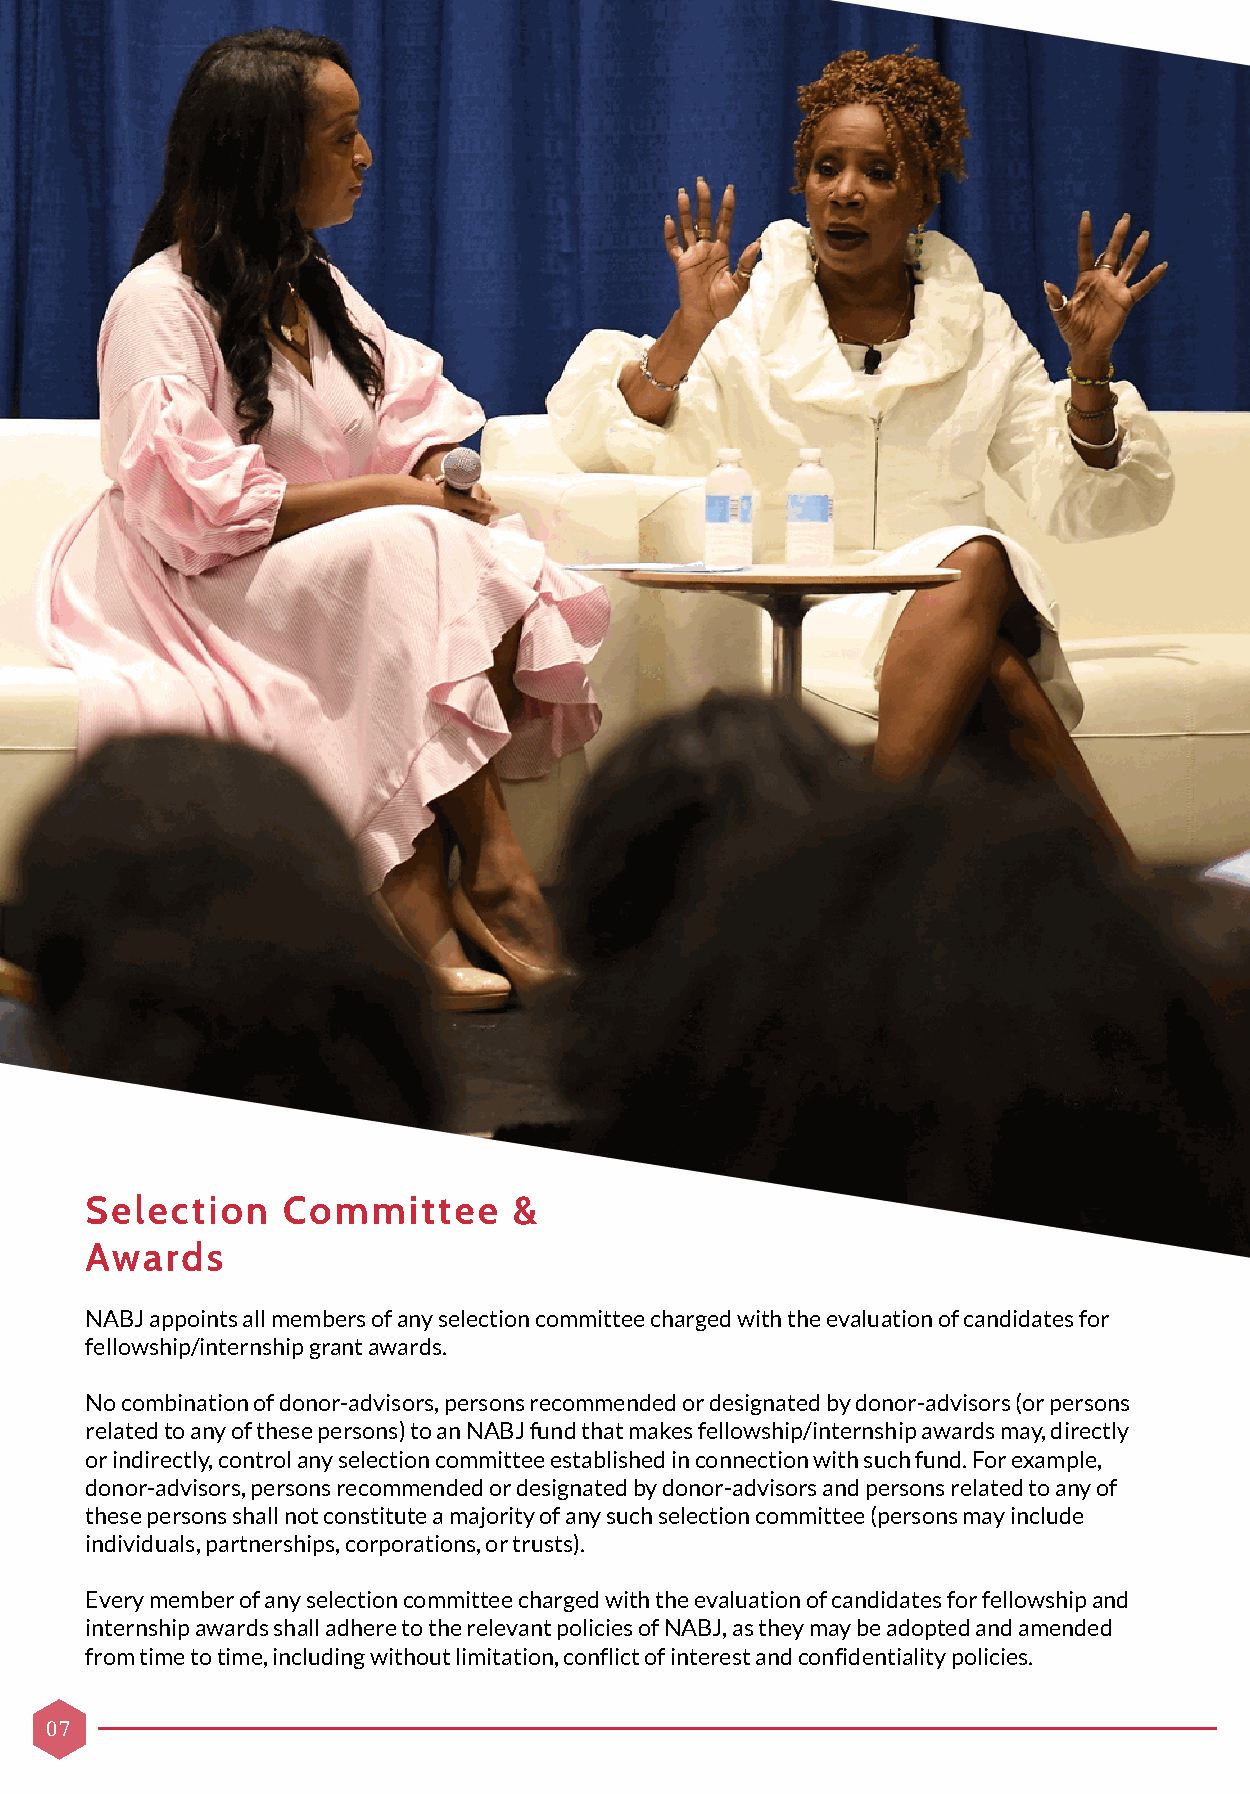
Selection    Committee      &
 Awards
 NABJ appoints all members of any selection committee charged with the evaluation of candidates for
 fellowship/internship grant awards.
 No combination of donor-advisors, persons recommended or designated by donor-advisors (or persons
 related to any of these persons) to an NABJ fund that makes fellowship/internship awards may, directly
 or indirectly, control any selection committee established in connection with such fund. For example,
 donor-advisors, persons recommended or designated by donor-advisors and persons related to any of
 these persons shall not constitute a majority of any such selection committee (persons may include
 individuals, partnerships, corporations, or trusts).
 Every member of any selection committee charged with the evaluation of candidates for fellowship and
 internship awards shall adhere to the relevant policies of NABJ, as they may be adopted and amended
 from time to time, including without limitation, conflict of interest and confidentiality policies.
 07